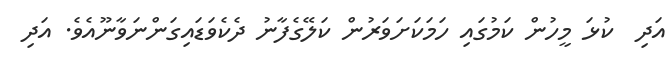
އަދި  ކުޅަ މީހުން ކަމުގައި ހަމަކަށަވަރުން ކަލޭގެފާނު ދެކެވަޑައިގަންނަވާނޫއެވެ. އަދި